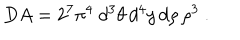
D A = 2 ^ { 7 } \pi ^ { 4 } ~ d ^ { 3 } \theta \, d ^ { 4 } y \, d \rho \, \rho ^ { 3 } ~ .